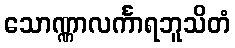
သောဏ္ဏာလင်္ကာရဘူသိတံ